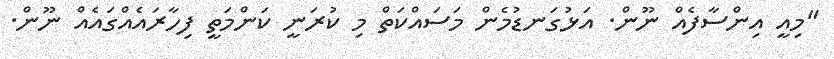
"މިއީ އިންސާފެއް ނޫން. އަޅުގަނޑުމެން މަސައްކަތް މި ކުރަނީ ކަންމަތީ ފިހާރައެއްގައެއް ނޫން.